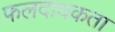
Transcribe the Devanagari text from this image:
फलदायकता